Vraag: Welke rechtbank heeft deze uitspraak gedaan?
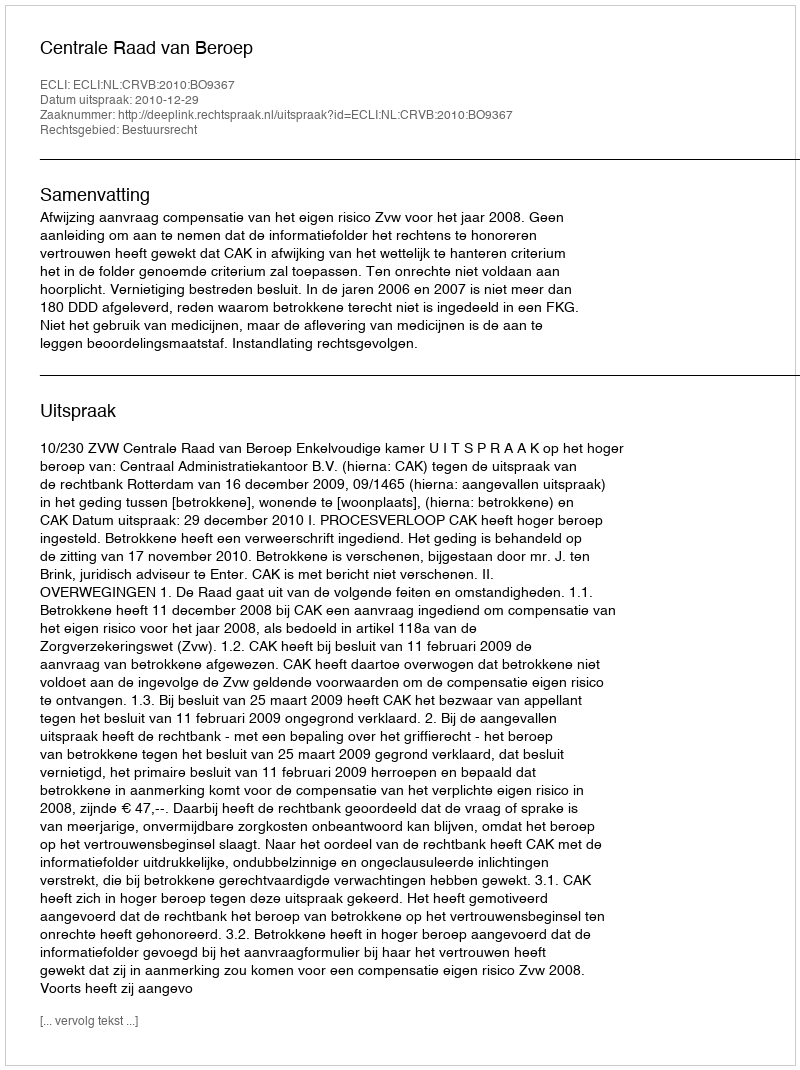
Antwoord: Centrale Raad van Beroep